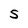
Character: 5